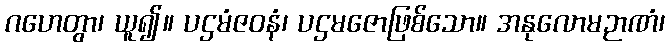
ဂဟေတွာ၊ ယူ၍။ ပဌမံဇဝနံ၊ ပဌမဇောဖြစ်သော။ အနုလောမဉာဏံ၊